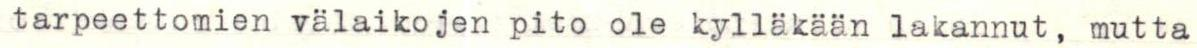
tarpeettomien välaikojen pito ole kylläkään lakannut, mutta